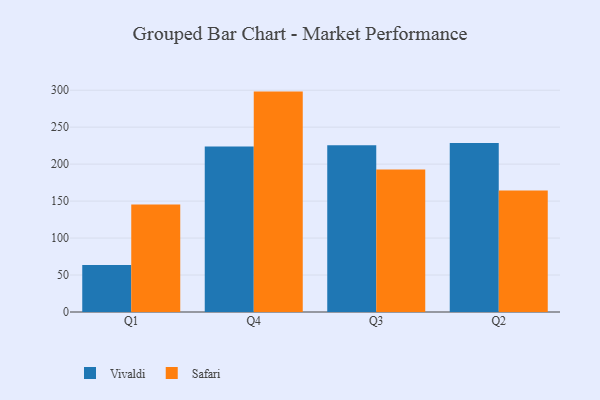
{"axis": {"x": "Quarter", "y": "Population (Million)"}, "legend": ["Safari", "Vivaldi"], "data": [{"x": "Q1", "y": 63.6, "type": "Vivaldi"}, {"x": "Q1", "y": 145.3, "type": "Safari"}, {"x": "Q4", "y": 223.7, "type": "Vivaldi"}, {"x": "Q4", "y": 298.1, "type": "Safari"}, {"x": "Q3", "y": 225.6, "type": "Vivaldi"}, {"x": "Q3", "y": 192.8, "type": "Safari"}, {"x": "Q2", "y": 228.7, "type": "Vivaldi"}, {"x": "Q2", "y": 164.3, "type": "Safari"}]}